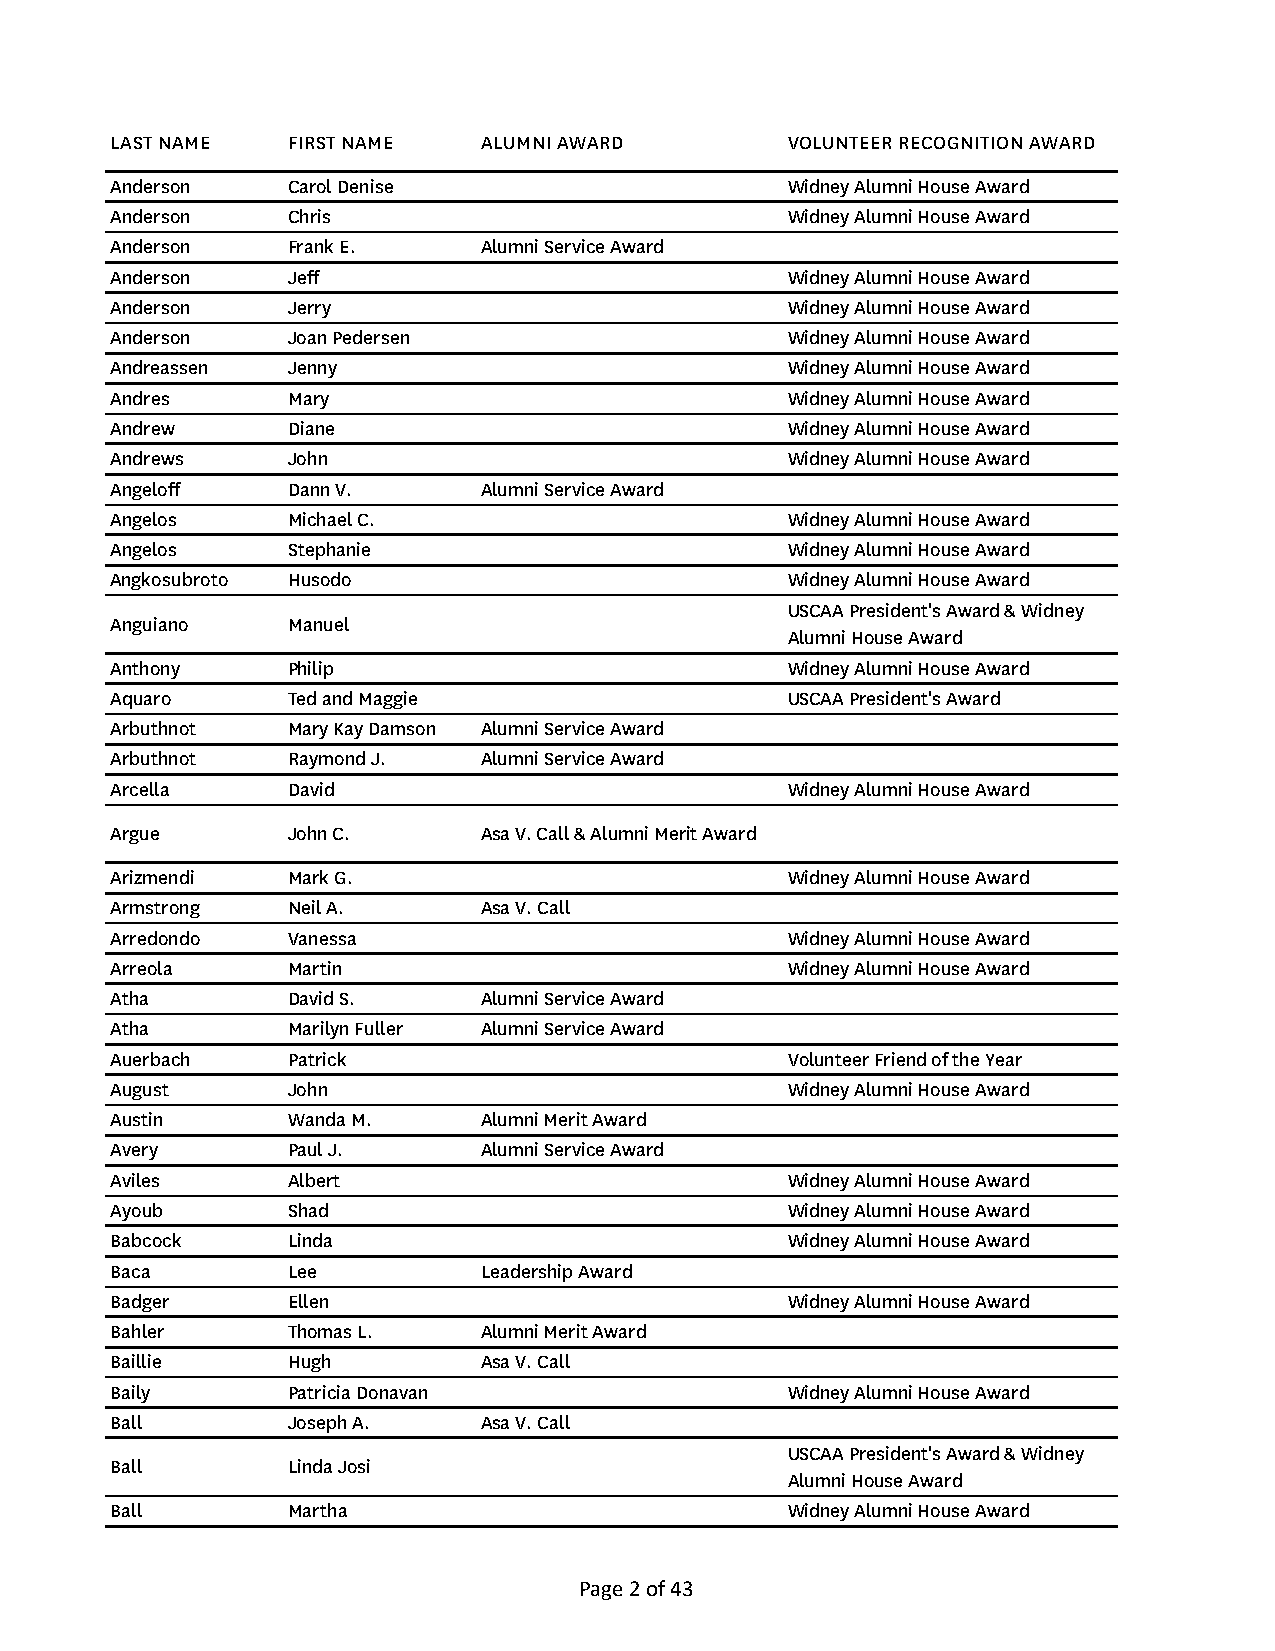
LAST NAME   FIRST NAME   ALUMNI AWARD        VOLUNTEER RECOGNITION AWARD
 Anderson    Carol Denise                     Widney Alumni House Award
 Anderson    Chris                            Widney Alumni House Award
 Anderson    Frank E.     Alumni Service Award
 Anderson    Jeff                             Widney Alumni House Award
 Anderson    Jerry                            Widney Alumni House Award
 Anderson    Joan Pedersen                    Widney Alumni House Award
 Andreassen  Jenny                            Widney Alumni House Award
 Andres      Mary                             Widney Alumni House Award
 Andrew      Diane                            Widney Alumni House Award
 Andrews     John                             Widney Alumni House Award
 Angeloff    Dann V.      Alumni Service Award
 Angelos     Michael C.                       Widney Alumni House Award
 Angelos     Stephanie                        Widney Alumni House Award
 Angkosubroto Husodo                          Widney Alumni House Award
 USCAA President's Award & Widney
 Anguiano    Manuel
 Alumni House Award
 Anthony     Philip                           Widney Alumni House Award
 Aquaro      Ted and Maggie                   USCAA President's Award
 Arbuthnot   Mary Kay Damson Alumni Service Award
 Arbuthnot   Raymond J.   Alumni Service Award
 Arcella     David                            Widney Alumni House Award
 Argue       John C.      Asa V. Call & Alumni Merit Award
 Arizmendi   Mark G.                          Widney Alumni House Award
 Armstrong   Neil A.      Asa V. Call
 Arredondo   Vanessa                          Widney Alumni House Award
 Arreola     Martin                           Widney Alumni House Award
 Atha        David S.     Alumni Service Award
 Atha        Marilyn Fuller Alumni Service Award
 Auerbach    Patrick                          Volunteer Friend of the Year
 August      John                             Widney Alumni House Award
 Austin      Wanda M.     Alumni Merit Award
 Avery       Paul J.      Alumni Service Award
 Aviles      Albert                           Widney Alumni House Award
 Ayoub       Shad                             Widney Alumni House Award
 Babcock     Linda                            Widney Alumni House Award
 Baca        Lee          Leadership Award
 Badger      Ellen                            Widney Alumni House Award
 Bahler      Thomas L.    Alumni Merit Award
 Baillie     Hugh         Asa V. Call
 Baily       Patricia Donavan                 Widney Alumni House Award
 Ball        Joseph A.    Asa V. Call
 USCAA President's Award & Widney
 Ball        Linda Josi
 Alumni House Award
 Ball        Martha                           Widney Alumni House Award
 Page 2 of 43